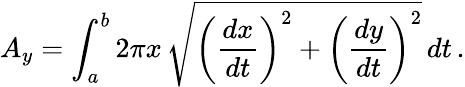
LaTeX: A_{y}=\int_{a}^{b}2\pi x\, {\sqrt{\left({\frac{dx}{dt}}\right)^{2}+\left({\frac{dy}{dt}}\right)^{2}}}\, dt\, .